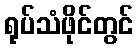
ရုပ်သံဖိုင်တွင်